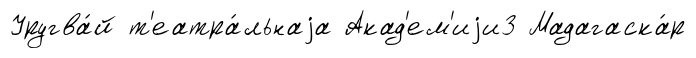
Уругва́й т'еатра́льнаjа Акад'ем'иjи3 Мадагаска́р